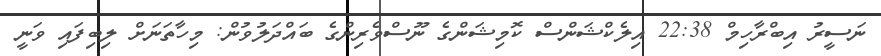
ނަސީރު އިބްރާހިމް 22:38 އިލެކްޝަންސް ކޮމިޝަންގެ ނޫސްވެރިންގެ ބައްދަލުވުން: މިހާތަނަށް ލިބިފައި ވަނީ